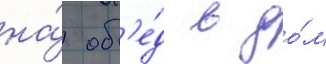
на́ об'е́д в до́м